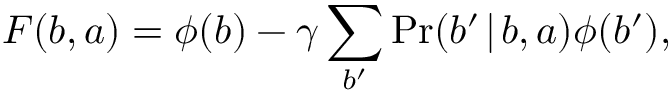
F ( b , a ) = \phi ( b ) - \gamma \sum _ { b ^ { \prime } } \operatorname* { P r } ( b ^ { \prime } \! \mid \! b , a ) \phi ( b ^ { \prime } ) ,